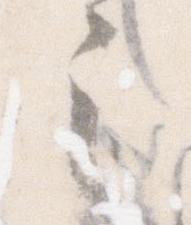
之